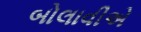
બોલાવીએ